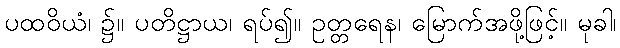
ပထဝိယံ၊ ၌။ ပတိဋ္ဌာယ၊ ရပ်၍။ ဥတ္တရေန၊ မြောက်အဖို့ဖြင့်။ မုခါ၊